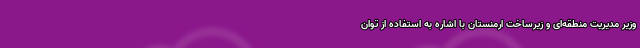
وزیر مدیریت منطقه‌ای و زیرساخت‌ ارمنستان با اشاره به استفاده از توان